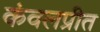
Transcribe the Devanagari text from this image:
कंवलप्रीत